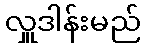
လှူဒါန်းမည်